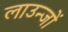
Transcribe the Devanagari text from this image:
लाउन्जों